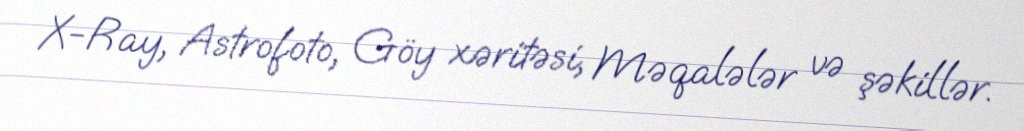
X-Ray, Astrofoto, Göy xəritəsi, Məqalələr və şəkillər.